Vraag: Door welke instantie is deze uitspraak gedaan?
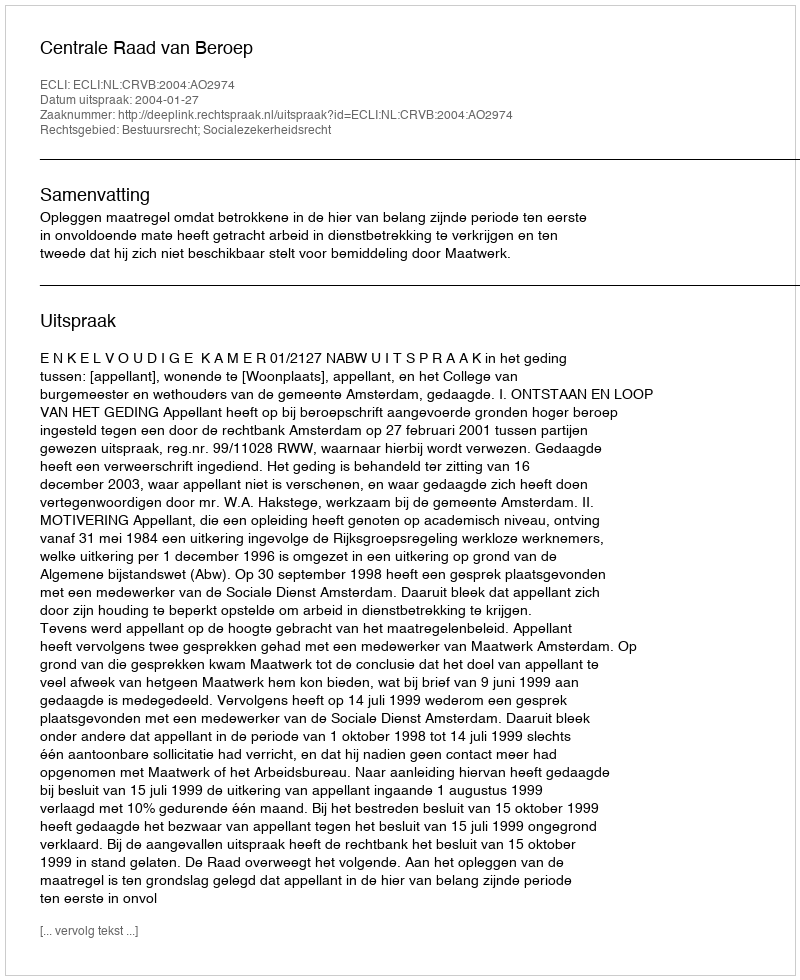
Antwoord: Centrale Raad van Beroep